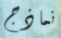
نماذج